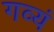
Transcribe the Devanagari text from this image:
गव्यं